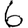
Digit: 6